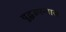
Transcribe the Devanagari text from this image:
युद्धउपन्यास